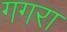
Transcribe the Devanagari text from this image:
गगरा